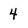
Character: 4